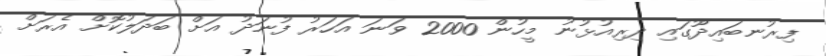
ފިރުނބައިދޫގައި ދިރިއުޅުނު މީހުން 2000 ވަނަ އަހަރު ފުނަދު އަށް ބަދަލުކޮށް އެރަށް